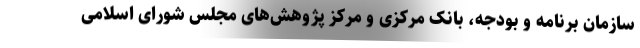
سازمان برنامه و بودجه، بانک مرکزی و مرکز پژوهش‌های مجلس شورای اسلامی